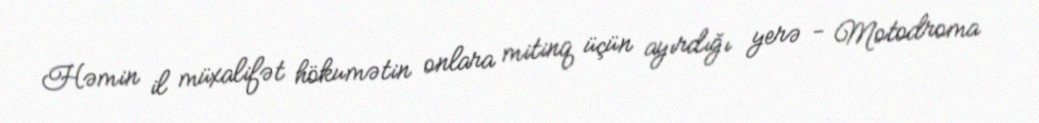
Həmin il müxalifət hökumətin onlara mitinq üçün ayırdığı yerə - Motodroma